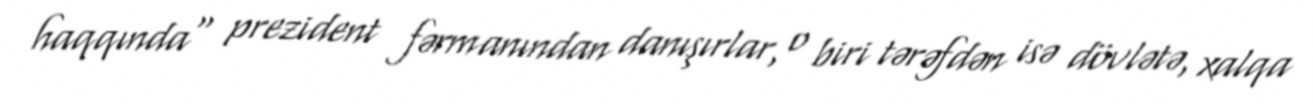
haqqında" prezident fərmanından danışırlar, o biri tərəfdən isə dövlətə, xalqa